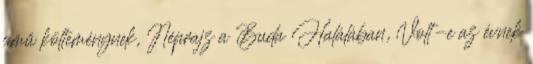
című költeménynek, Néprajz a Buda Halálában, Volt-e az évnek